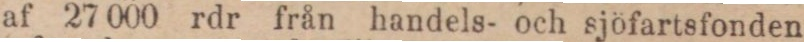
af 27 000 rdr från handels- och sjöfartsfonden